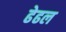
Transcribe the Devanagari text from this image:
ढेढल